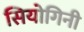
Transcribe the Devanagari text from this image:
सियोगिनी